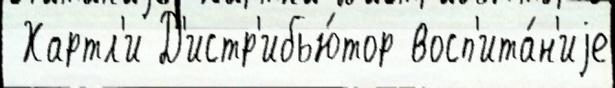
 Хартл'и Д'истр'ибью́тор восп'ита́н'иjе